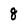
Character: 8